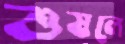
শুষলে